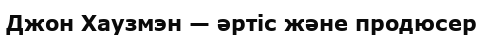
Джон Хаузмэн — әртіс және продюсер